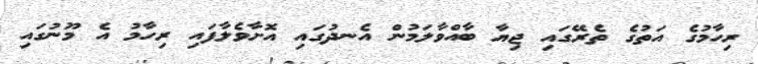
ރިހާމުގެ އަތުގެ ތެރޭގައި ޖިޔާ ބާއްވާލަމުން އެނދުގައި އޮށާވެލާފައި ރިހާމު އެ މޫނުގައި